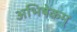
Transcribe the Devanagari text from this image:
अभिषेकम्